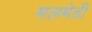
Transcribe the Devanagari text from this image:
मलमेडी